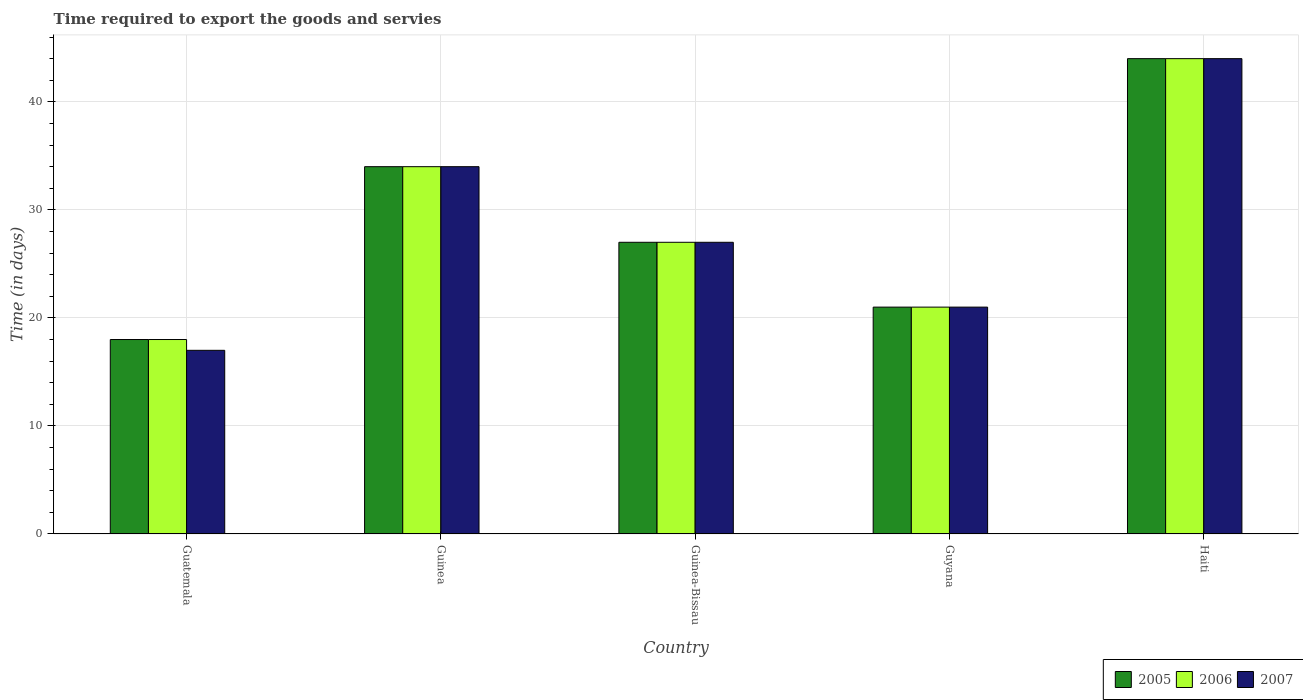
| Country | 2005 | 2006 | 2007 |
 | --- | --- | --- | --- |
 | Guatemala | 18 | 18 | 17 |
 | Guinea | 34 | 34 | 34 |
 | Guinea-Bissau | 27 | 27 | 27 |
 | Guyana | 21 | 21 | 21 |
 | Haiti | 44 | 44 | 44 |